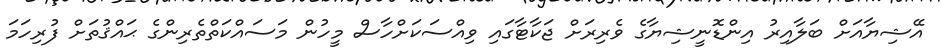
އޭޝިޔާއަށް ބަލާއިރު އިންޑޮނީޝިޔާގެ ވެރިރަށް ޖަކާޓާގައި ވިއްސަކަށްހާސް މީހުން މަސައްކަތްތެރިންގެ ޙައްޤުތަށް ފުރިހަމަ